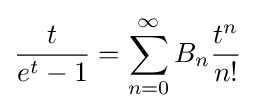
{\frac {t}{e^{t}-1}}=\sum _{n=0}^{\infty }B_{n}{\frac {t^{n}}{n!}}